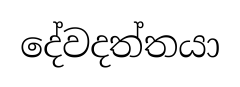
දේවදත්තයා